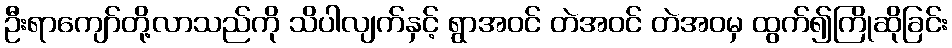
ဦးရာကျော်တို့လာသည်ကို သိပါလျက်နှင့် ရွာအဝင် တဲအဝင် တဲအဝမှ ထွက်၍ကြိုဆိုခြင်း